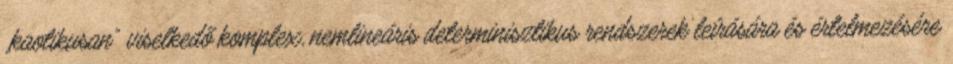
„kaotikusan” viselkedő komplex, nemlineáris determinisztikus rendszerek leírására és értelmezésére